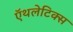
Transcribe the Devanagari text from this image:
ऍथलेटिक्स